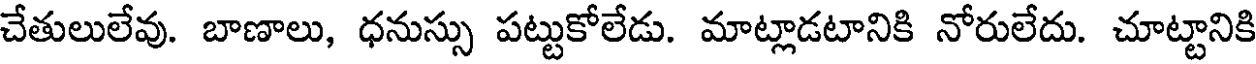
చేతులులేవు. బాణాలు, ధనుస్సు పట్టుకోలేడు. మాట్లాడటానికి నోరులేదు. చూట్టానికి